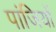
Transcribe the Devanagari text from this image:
पांजियों